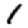
Digit: 1